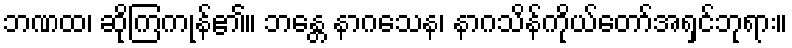
ဘဏထ၊ ဆိုကြကုန်၏။ ဘန္တေ နာဂသေန၊ နာဂသိန်ကိုယ်တော်အရှင်ဘုရား။